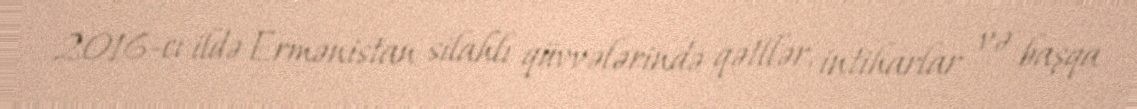
2016-cı ildə Ermənistan silahlı qüvvələrində qətllər, intiharlar və başqa